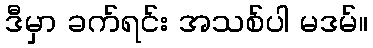
ဒီမှာ ခက်ရင်း အသစ်ပါ မဒမ်။